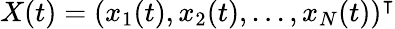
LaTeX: X(t)=(x_{1}(t),x_{2}(t),...,x_{N}(t))^{\intercal}